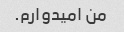
من امیدوارم.